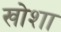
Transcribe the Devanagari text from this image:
खोशा